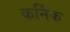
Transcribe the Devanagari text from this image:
कर्निक